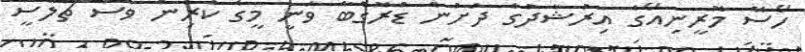
ހޯސޭ މޮރީނިއޯގެ އިރުޝާދުގެ ދަށުން ޑްރޮގްބާ ވަނީ މީގެ ކުރިން ވެސް ޗެލްސީ